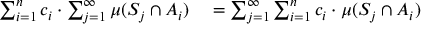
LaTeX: \begin{array} { r l } { \sum _ { i = 1 } ^ { n } c _ { i } \cdot \sum _ { j = 1 } ^ { \infty } \mu ( S _ { j } \cap A _ { i } ) } & { { } = \sum _ { j = 1 } ^ { \infty } \sum _ { i = 1 } ^ { n } c _ { i } \cdot \mu ( S _ { j } \cap A _ { i } ) } \end{array}